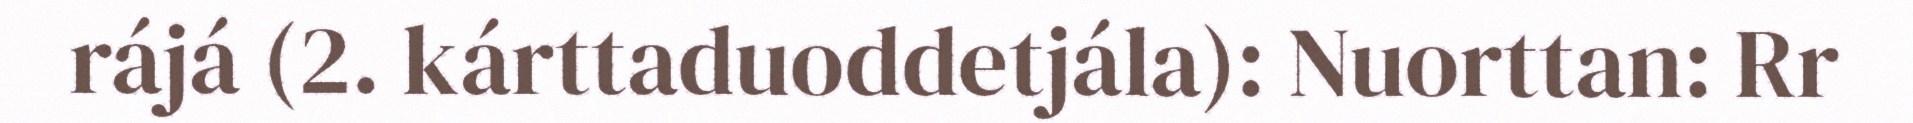
rájá (2. kárttaduoddetjála): Nuorttan: Rr